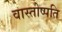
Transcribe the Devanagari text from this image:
वास्तोष्पति